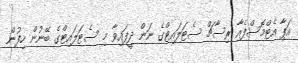
އަޕާ އެޓްމޮސްފެއާ ރިސާޗް ސެޓަލައިޓްގެ ނަން ދީފައިވާ މި ސެޓަލައިޓްގެ ބޭނުން ހިފުން